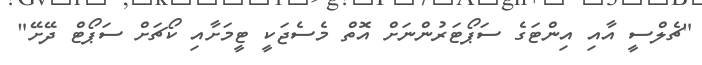
"ޗެލްސީ އާއި އިންޓަގެ ސަޕޯޓަރުންނަށް އޮތް މެސެޖަކީ ޓީމަށާއި ކޯޗަށް ސަޕޯޓް ދޭށޭ"